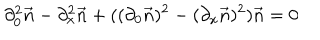
\partial _ { 0 } ^ { 2 } \vec { n } - \partial _ { x } ^ { 2 } \vec { n } + ( ( \partial _ { 0 } \vec { n } ) ^ { 2 } - ( \partial _ { x } \vec { n } ) ^ { 2 } ) \vec { n } = 0